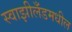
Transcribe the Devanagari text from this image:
स्वाझीलँडमधील